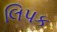
લિપક